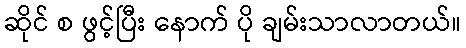
ဆိုင် စ ဖွင့်ပြီး နောက် ပို ချမ်းသာလာတယ်။